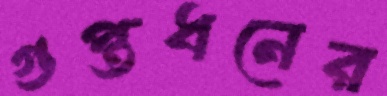
গুপ্তধনের